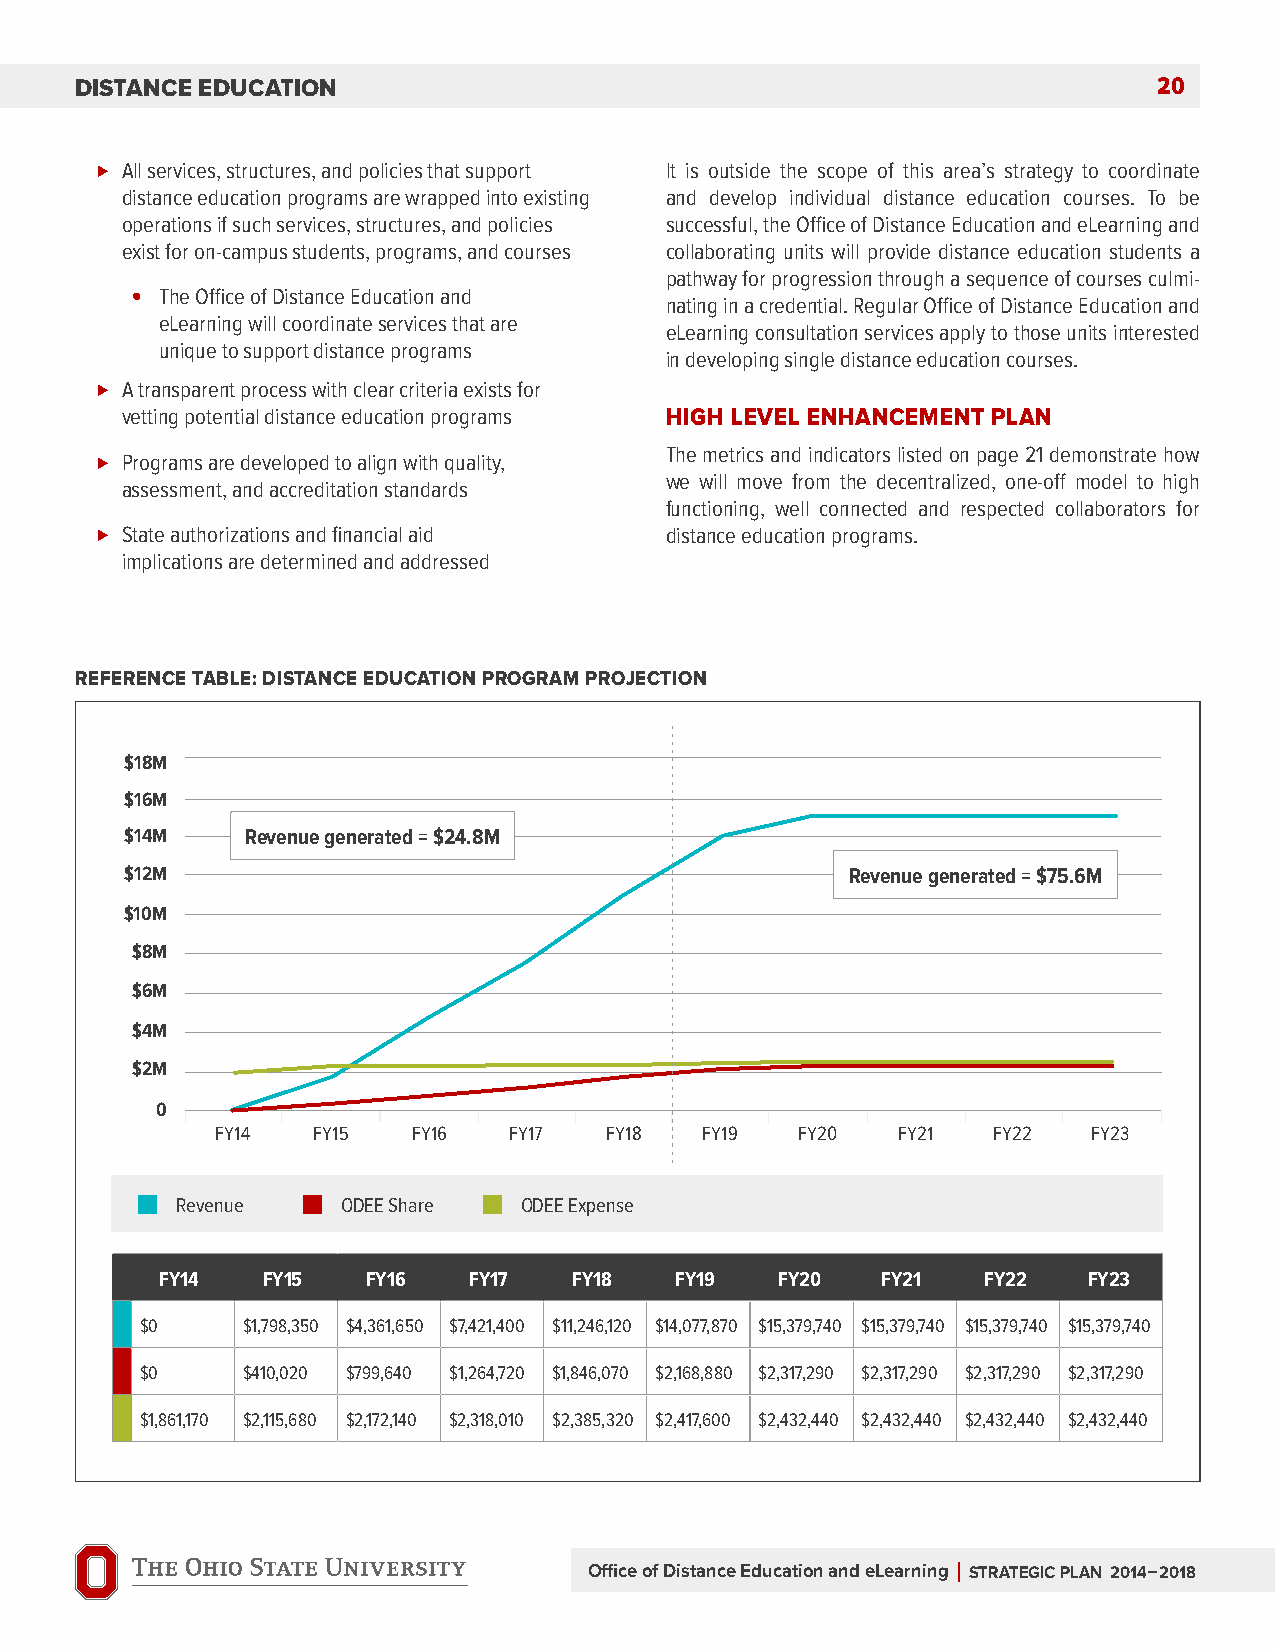
Distance eDucation                                                      20
 All services, structures, and policies that support It is outside the scope of this area’s strategy to coordinate
 distance education programs are wrapped into existing and develop individual distance education courses. To be
 operations if such services, structures, and policies successful, the Office of Distance Education and eLearning and
 exist for on-campus students, programs, and courses collaborating units will provide distance education students a
 pathway for progression through a sequence of courses culmi-
 • The Office of Distance Education and
 nating in a credential. Regular Office of Distance Education and
 eLearning will coordinate services that are
 eLearning consultation services apply to those units interested
 unique to support distance programs
 in developing single distance education courses.
 A transparent process with clear criteria exists for
 vetting potential distance education programs high LEvEL EnhancEMEnt PLan
 The metrics and indicators listed on page 21 demonstrate how
 Programs are developed to align with quality,
 we will move from the decentralized, one-off model to high
 assessment, and accreditation standards
 functioning, well connected and respected collaborators for
 State authorizations and financial aid distance education programs.
 implications are determined and addressed
 rEfErEncE tabLE: DiStancE EDUcatiOn PrOgraM PrO jEctiOn
 $18m
 $16m
 $14m    revenue generated = $24.8m
 $12m                                            revenue generated = $75.6m
 $10m
 $8m
 $6m
 $4m
 $2m
 0
 FY14   FY15  FY16   FY17  FY18   FY19  FY20  FY21   FY22  FY23
 Revenue    ODEE Share ODEE Expense
 fy14  fy15   fy16   fy17   fy18   fy19   fy20  fy21   fy22   fy23
 $0     $1,798,350 $4,361,650 $7,421,400 $11,246,120 $14,077,870 $15,379,740 $15,379,740 $15,379,740 $15,379,740
 $0     $410,020 $799,640 $1,264,720 $1,846,070 $2,168,880 $2,317,290 $2,317,290 $2,317,290 $2,317,290
 $1,861,170 $2,115,680 $2,172,140 $2,318,010 $2,385,320 $2,417,600 $2,432,440 $2,432,440 $2,432,440 $2,432,440
 Office of Distance Education and eLearning | StratEgic PLan 2014–2018